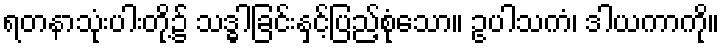
ရတနာသုံးပါးတို့၌ သဒ္ဓါခြင်းနှင့်ပြည့်စုံသော။ ဥပါသကံ၊ ဒါယကာကို။